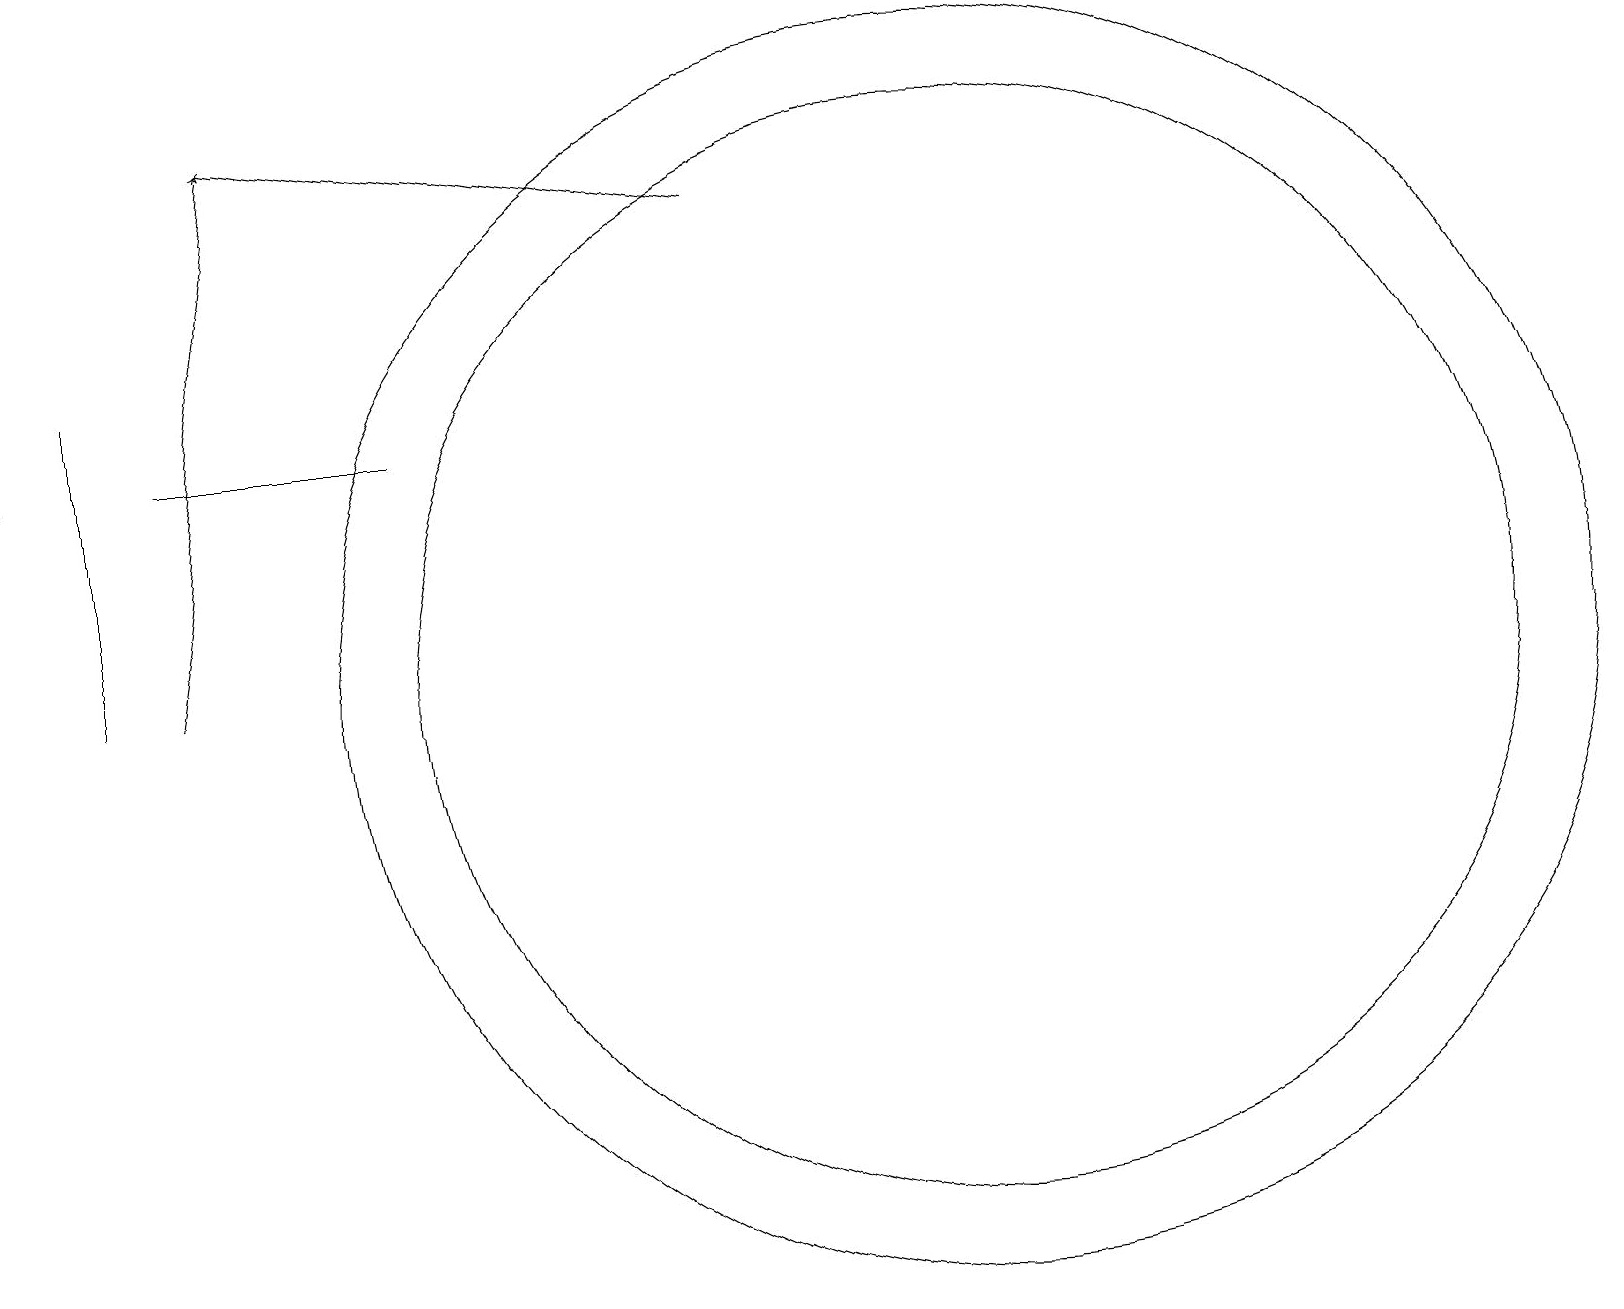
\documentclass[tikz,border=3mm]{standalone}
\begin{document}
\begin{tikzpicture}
\draw[->] (9,16) -- (3,17);
\draw (12,10) circle (8);
\draw (1,14) rectangle (1,10);
\draw[->] (2,10) -- (3,17);
\draw (12,10) circle (7);
\draw (5,13) rectangle (2,13);
\draw (0,17) rectangle (0,13);
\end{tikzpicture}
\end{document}